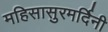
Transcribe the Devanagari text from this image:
महिसासुरमर्दिनी